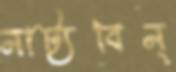
নাট্যবিন্